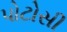
પોટોસી